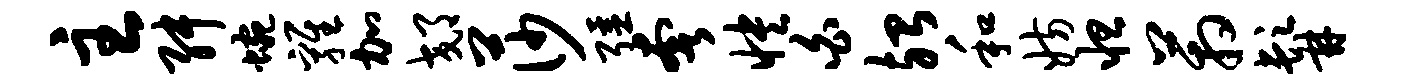
主舛蜿鸡加郊莎强奢怏白殆和妨怛箱髯